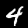
Label: 4